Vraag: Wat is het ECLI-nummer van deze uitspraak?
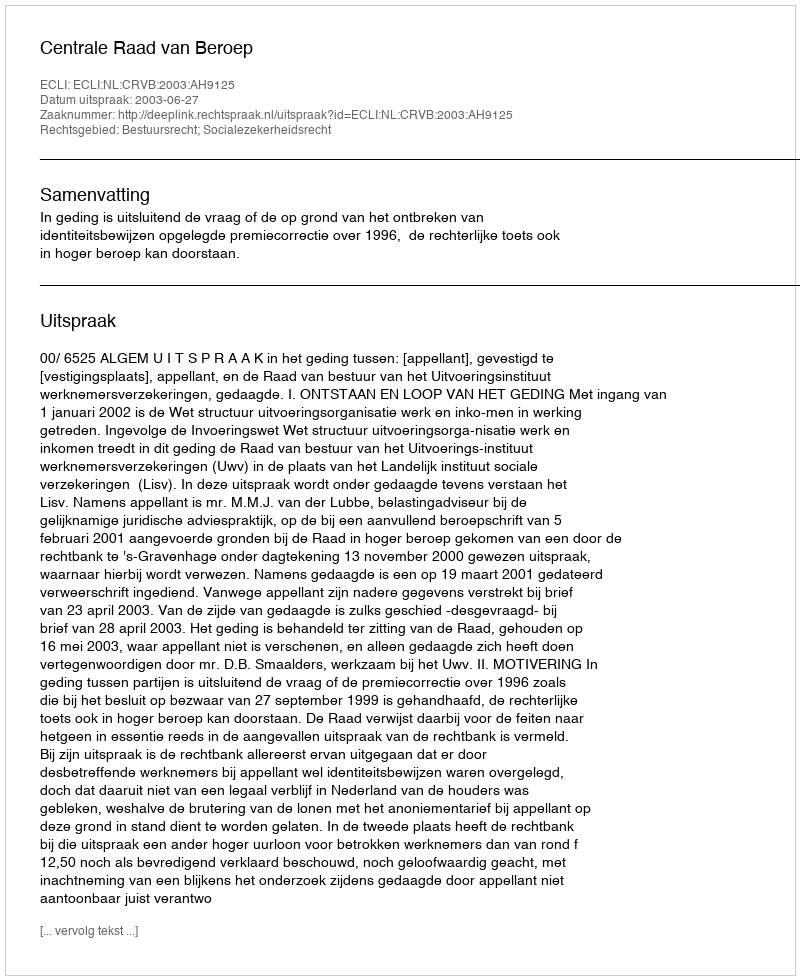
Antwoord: ECLI:NL:CRVB:2003:AH9125